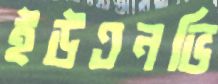
ইউএনভি